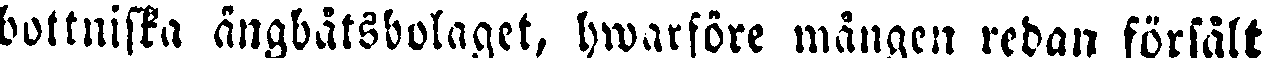
bottniska ångbåtsbolaget, hwarföre mången redan försålt